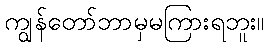
ကျွန်တော်ဘာမှမကြားရဘူး။